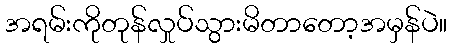
အရမ်းကိုတုန်လှုပ်သွားမိတာတော့အမှန်ပဲ။